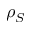
\rho _ { S }